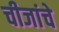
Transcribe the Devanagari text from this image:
चीजांचे